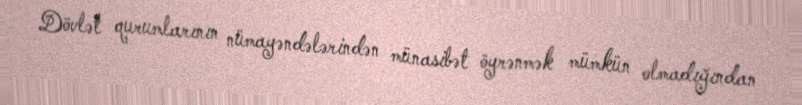
Dövlət qurumlarının nümayəndələrindən münasibət öyrənmək mümkün olmadığından